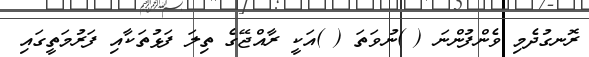
ރޮނގުދެމި ވެންފުންނަ ( )ނުވަތަ ( )އަކީ ރާއްޖޭގެ ތިލަ ފަޅުތަކާއި ފަރުމަތީގައި